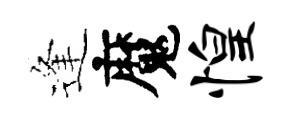
逢魔惶